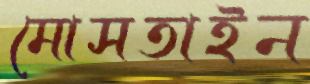
মোসতাইন